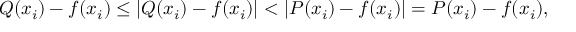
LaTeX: Q ( x _ { i } ) - f ( x _ { i } ) \leq | Q ( x _ { i } ) - f ( x _ { i } ) | < | P ( x _ { i } ) - f ( x _ { i } ) | = P ( x _ { i } ) - f ( x _ { i } ) ,